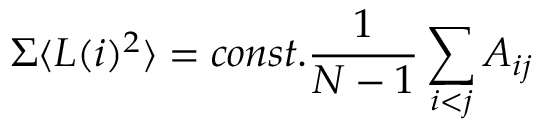
\Sigma \langle L ( i ) ^ { 2 } \rangle = c o n s t . \frac { 1 } { N - 1 } \sum _ { i < j } A _ { i j }